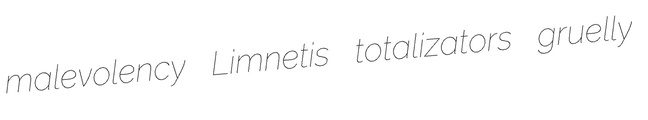
malevolency Limnetis totalizators gruelly